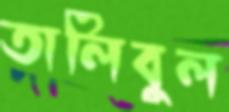
তালিবুল